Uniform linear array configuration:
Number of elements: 32
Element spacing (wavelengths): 0.75
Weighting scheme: hamming
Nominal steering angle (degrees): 45
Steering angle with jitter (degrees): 43.323
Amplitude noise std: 0.05
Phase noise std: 0.05

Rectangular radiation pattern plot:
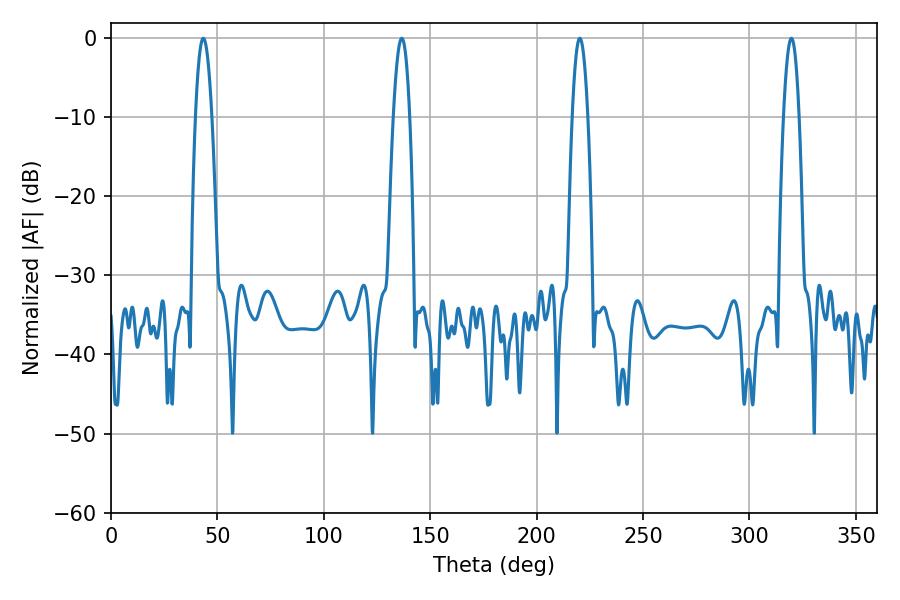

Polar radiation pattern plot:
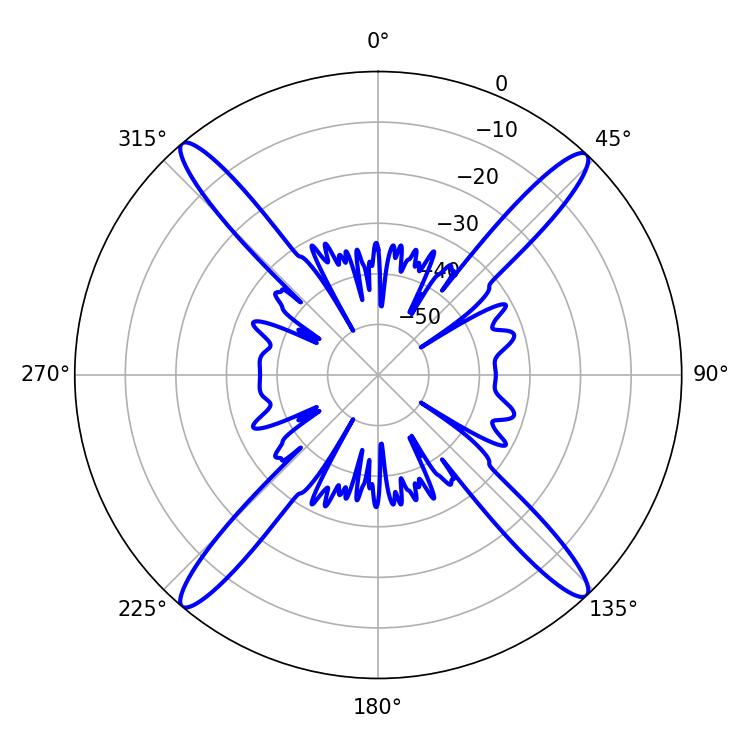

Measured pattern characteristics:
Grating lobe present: TRUE
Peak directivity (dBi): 22.342
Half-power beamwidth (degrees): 4.14
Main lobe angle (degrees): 43.38